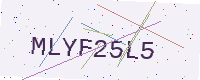
Text: MLYF25L5